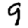
Digit: 9